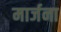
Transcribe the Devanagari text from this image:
मार्जना